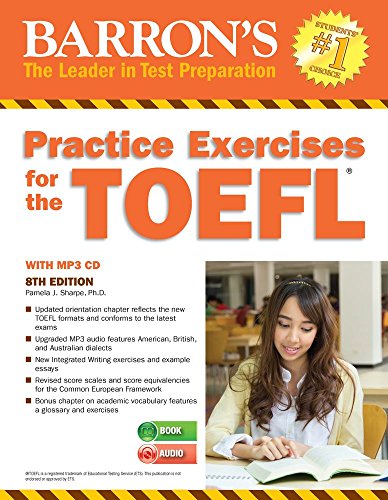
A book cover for Practice Exercises for the TOEFL with MP3 CD, 8th Edition (Barron's Practice Exercises for the Toefl); Pamela J. Sharpe Ph.D.; Test Preparation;